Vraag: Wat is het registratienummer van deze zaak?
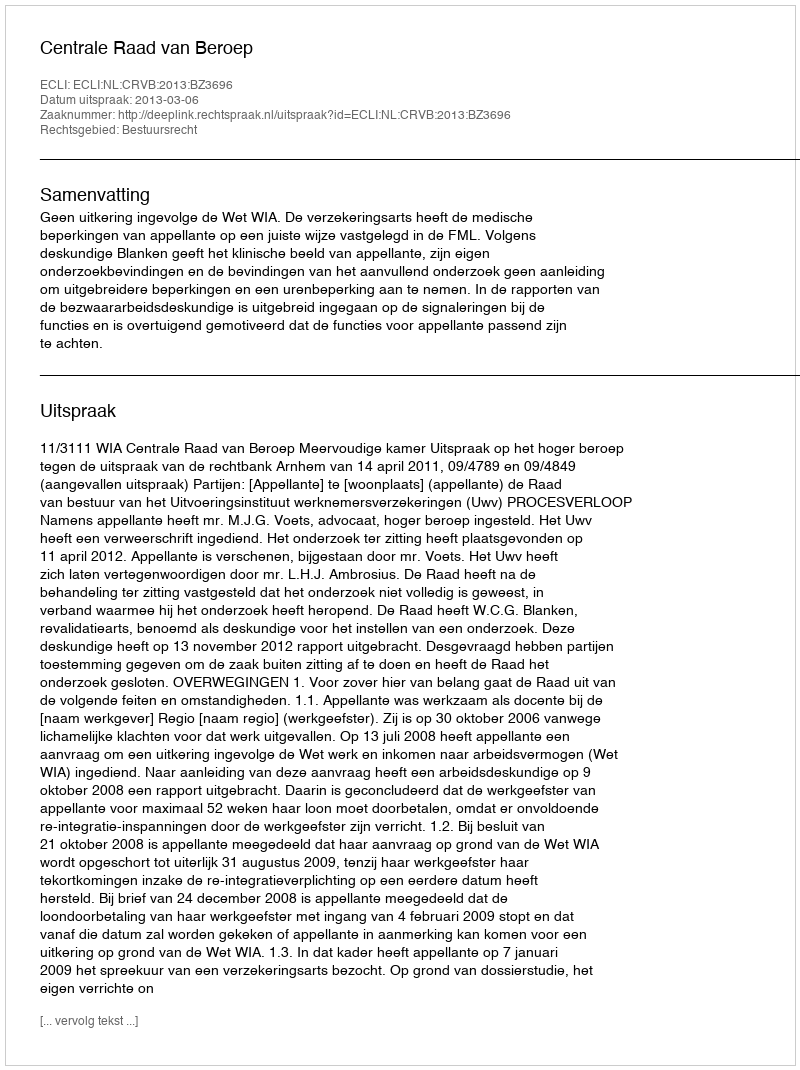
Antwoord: http://deeplink.rechtspraak.nl/uitspraak?id=ECLI:NL:CRVB:2013:BZ3696